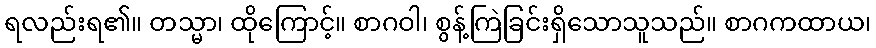
ရလည်းရ၏။ တသ္မာ၊ ထိုကြောင့်။ စာဂဝါ၊ စွန့်ကြဲခြင်းရှိသောသူသည်။ စာဂကထာယ၊